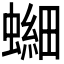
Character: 𫋘